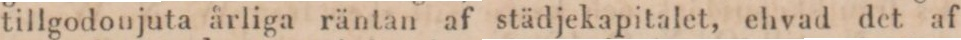
tillgodonjuta årliga räntan af städjekapitalet, ehvad det af